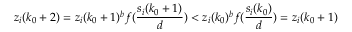
z _ { i } ( k _ { 0 } + 2 ) = z _ { i } ( k _ { 0 } + 1 ) ^ { b } f ( \frac { s _ { i } ( k _ { 0 } + 1 ) } { d } ) < z _ { i } ( k _ { 0 } ) ^ { b } f ( \frac { s _ { i } ( k _ { 0 } ) } { d } ) = z _ { i } ( k _ { 0 } + 1 )